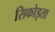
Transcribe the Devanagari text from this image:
सिकोड़ता